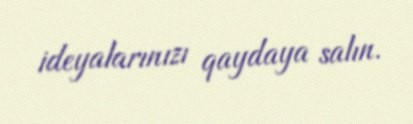
ideyalarınızı qaydaya salın.